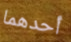
أحدهما